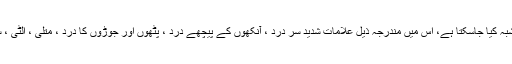
شدید بخار کے ساتھ مریضوں کو ڈینگی ہونے کا شبہ کیا جاسکتا ہے، اس میں مندرجہ ذیل علامات شدید سر درد ، آنکھوں کے پیچھے درد ، پٹھوں اور جوڑوں کا درد ، متلی ، الٹی ، سوجن غدود اور جلن وغیرہ بھی شامل ہوسکتی ہیں۔